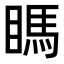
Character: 𥉊